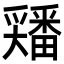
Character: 𡚘